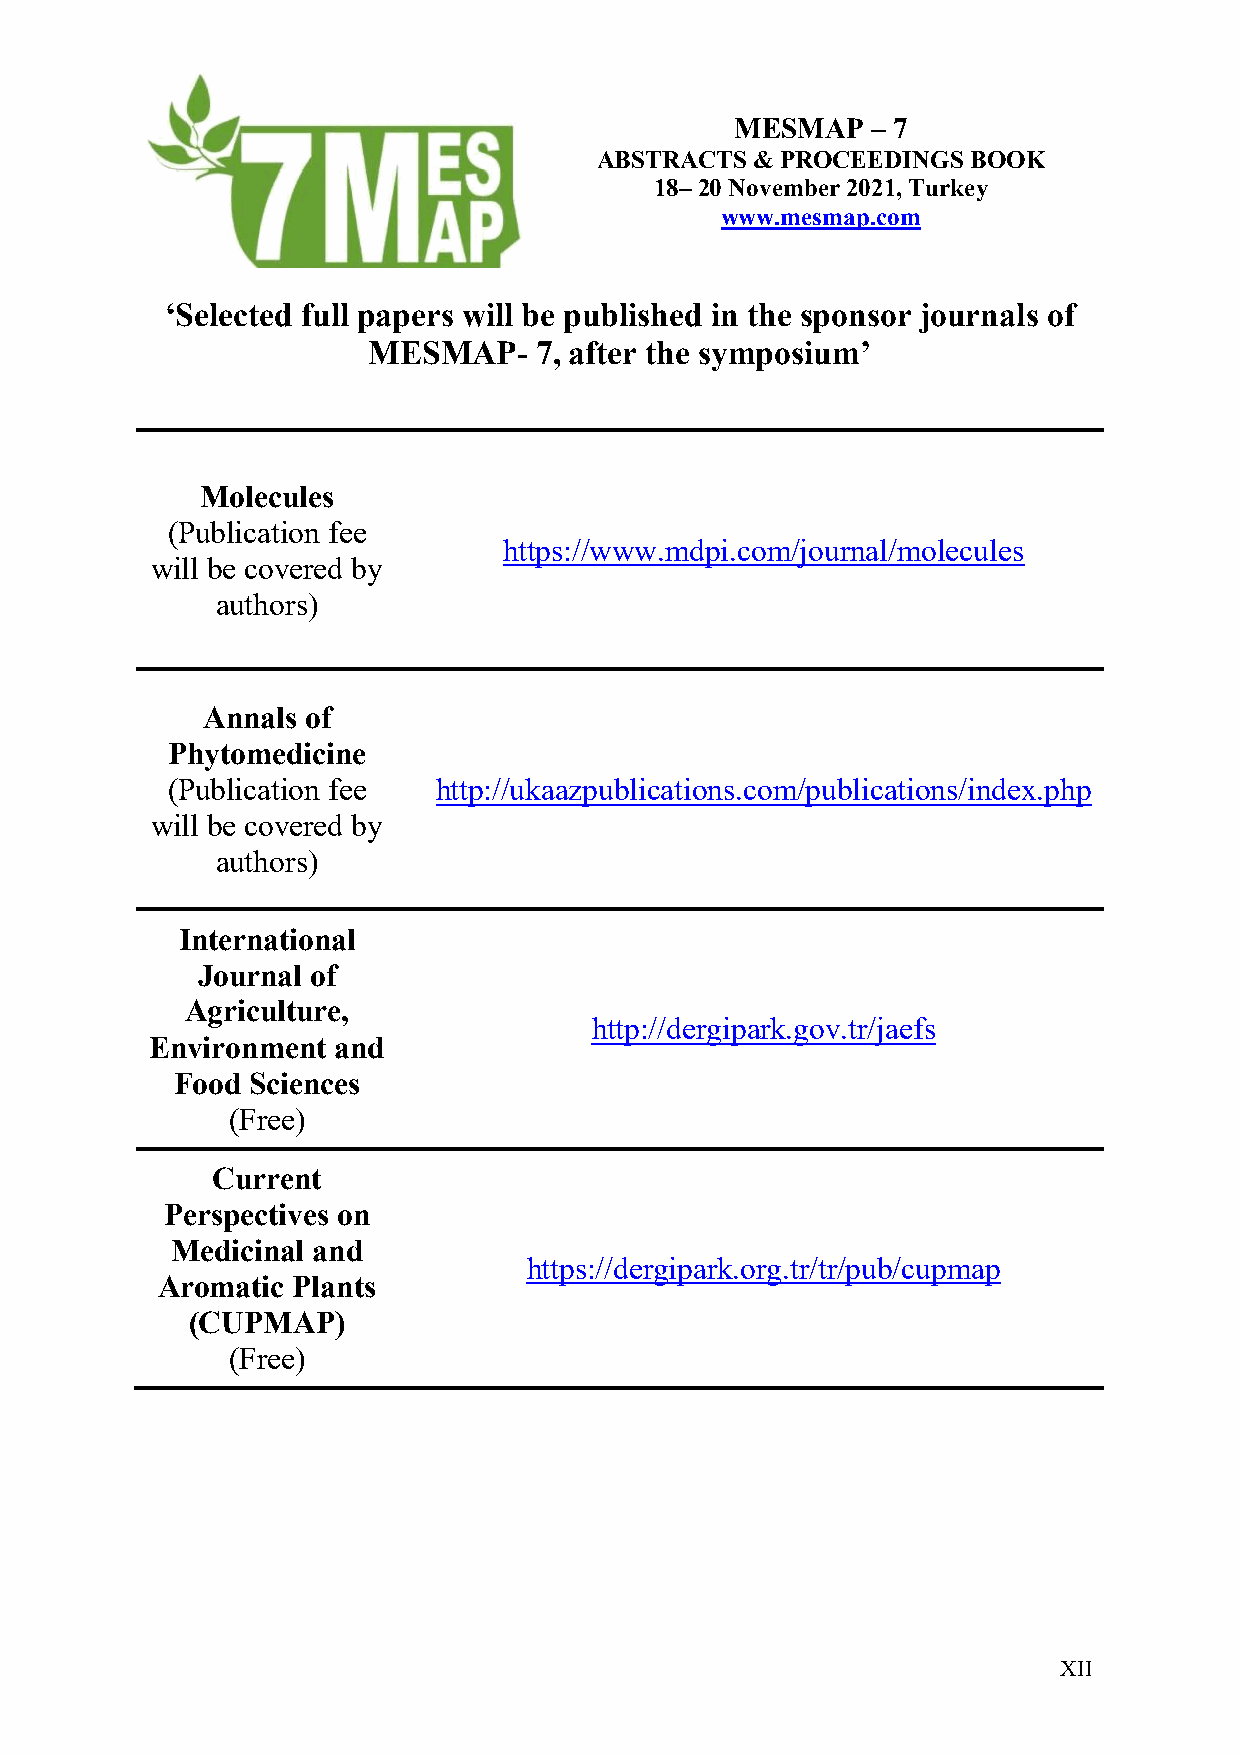
MESMAP   – 7
 ABSTRACTS & PROCEEDINGS BOOK
 18– 20 November 2021, Turkey
 www.mesmap.com
 ‘Selected full papers will be published in the sponsor journals of
 MESMAP-    7, after the symposium’
 Molecules
 (Publication fee
 https://www.mdpi.com/journal/molecules
 will be covered by
 authors)
 Annals of
 Phytomedicine
 (Publication fee  http://ukaazpublications.com/publications/index.php
 will be covered by
 authors)
 International
 Journal of
 Agriculture,
 http://dergipark.gov.tr/jaefs
 Environment and
 Food Sciences
 (Free)
 Current
 Perspectives on
 Medicinal and
 https://dergipark.org.tr/tr/pub/cupmap
 Aromatic Plants
 (CUPMAP)
 (Free)
 XII